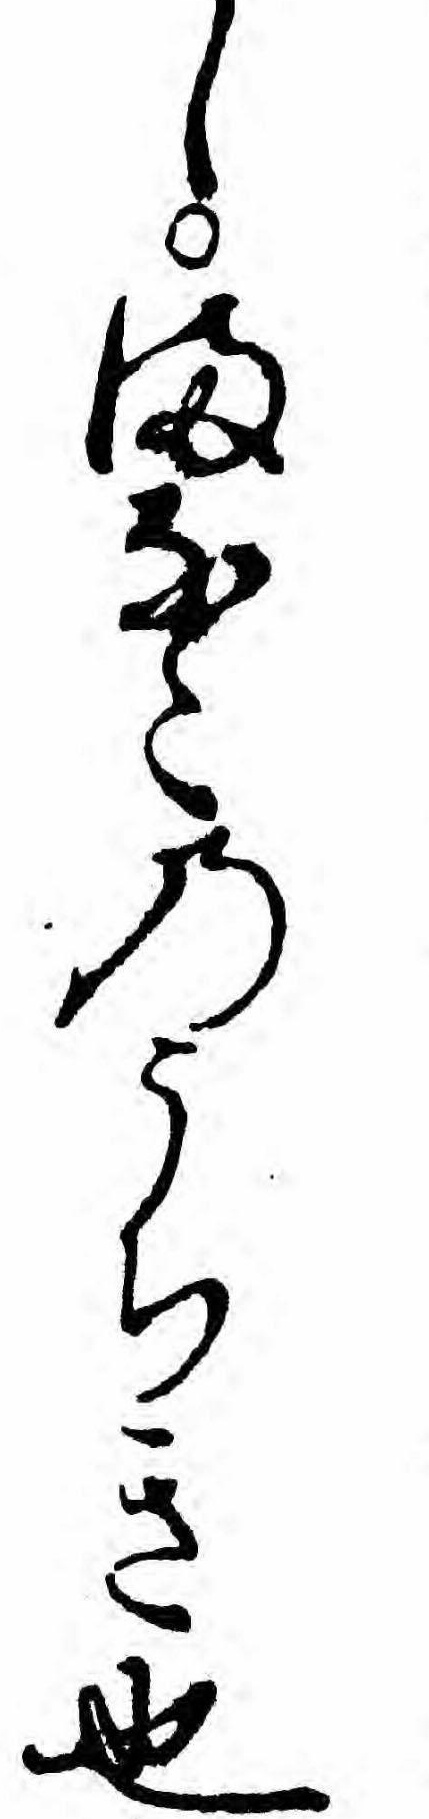
しまなこのうちき也